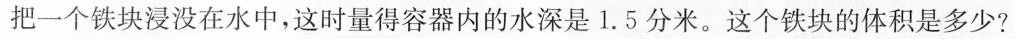
把一个铁块浸没在水中，这时量得容器内的水深是1.5分米。这个铁块的体积是多少?